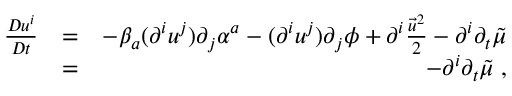
\begin{array} { r l r } { \frac { D u ^ { i } } { D t } } & { = } & { - \beta _ { a } ( \partial ^ { i } u ^ { j } ) \partial _ { j } \alpha ^ { a } - ( \partial ^ { i } u ^ { j } ) \partial _ { j } \phi + \partial ^ { i } \frac { \vec { u } ^ { 2 } } { 2 } - \partial ^ { i } \partial _ { t } \tilde { \mu } } \\ & { = } & { - \partial ^ { i } \partial _ { t } \tilde { \mu } \; , } \end{array}